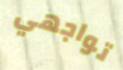
تواجهي